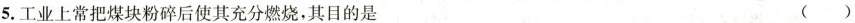
5.工业上常把煤块粉碎后使其充分燃烧，其目的是 ()